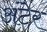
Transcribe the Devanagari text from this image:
अंटेर